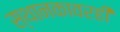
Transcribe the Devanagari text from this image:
स्थानकावरही